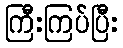
ကြီးကြပ်ပြီး